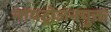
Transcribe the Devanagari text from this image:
नायट्रोजनयुक्त